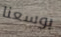
بوسعنا